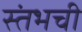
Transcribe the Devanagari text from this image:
स्तंभची